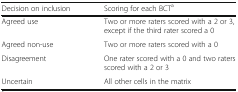
<table><thead><tr><td><b>Decision on inclusion</b></td><td><b>Scoring for each BCT<sup>a</sup></b></td></tr></thead><tbody><tr><td>Agreed use</td><td>Two or more raters scored with a 2 or 3, except if the third rater scored a 0</td></tr><tr><td>Agreed non-use</td><td>Two or more raters scored with a 0</td></tr><tr><td>Disagreement</td><td>One rater scored with a 0 and two raters scored with a 2 or 3</td></tr><tr><td>Uncertain</td><td>All other cells in the matrix</td></tr></tbody></table>